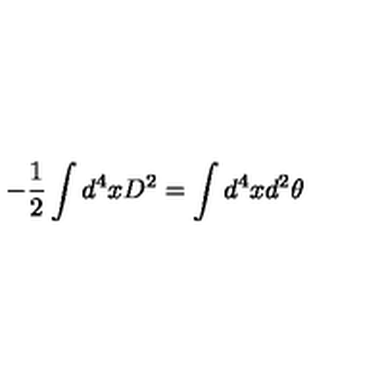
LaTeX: - \frac { 1 } { 2 } \int d ^ { 4 } x D ^ { 2 } = \int d ^ { 4 } x d ^ { 2 } \theta